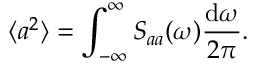
\langle a ^ { 2 } \rangle = \int _ { - \infty } ^ { \infty } S _ { a a } ( \omega ) \frac { \mathrm { d } \omega } { 2 \pi } .